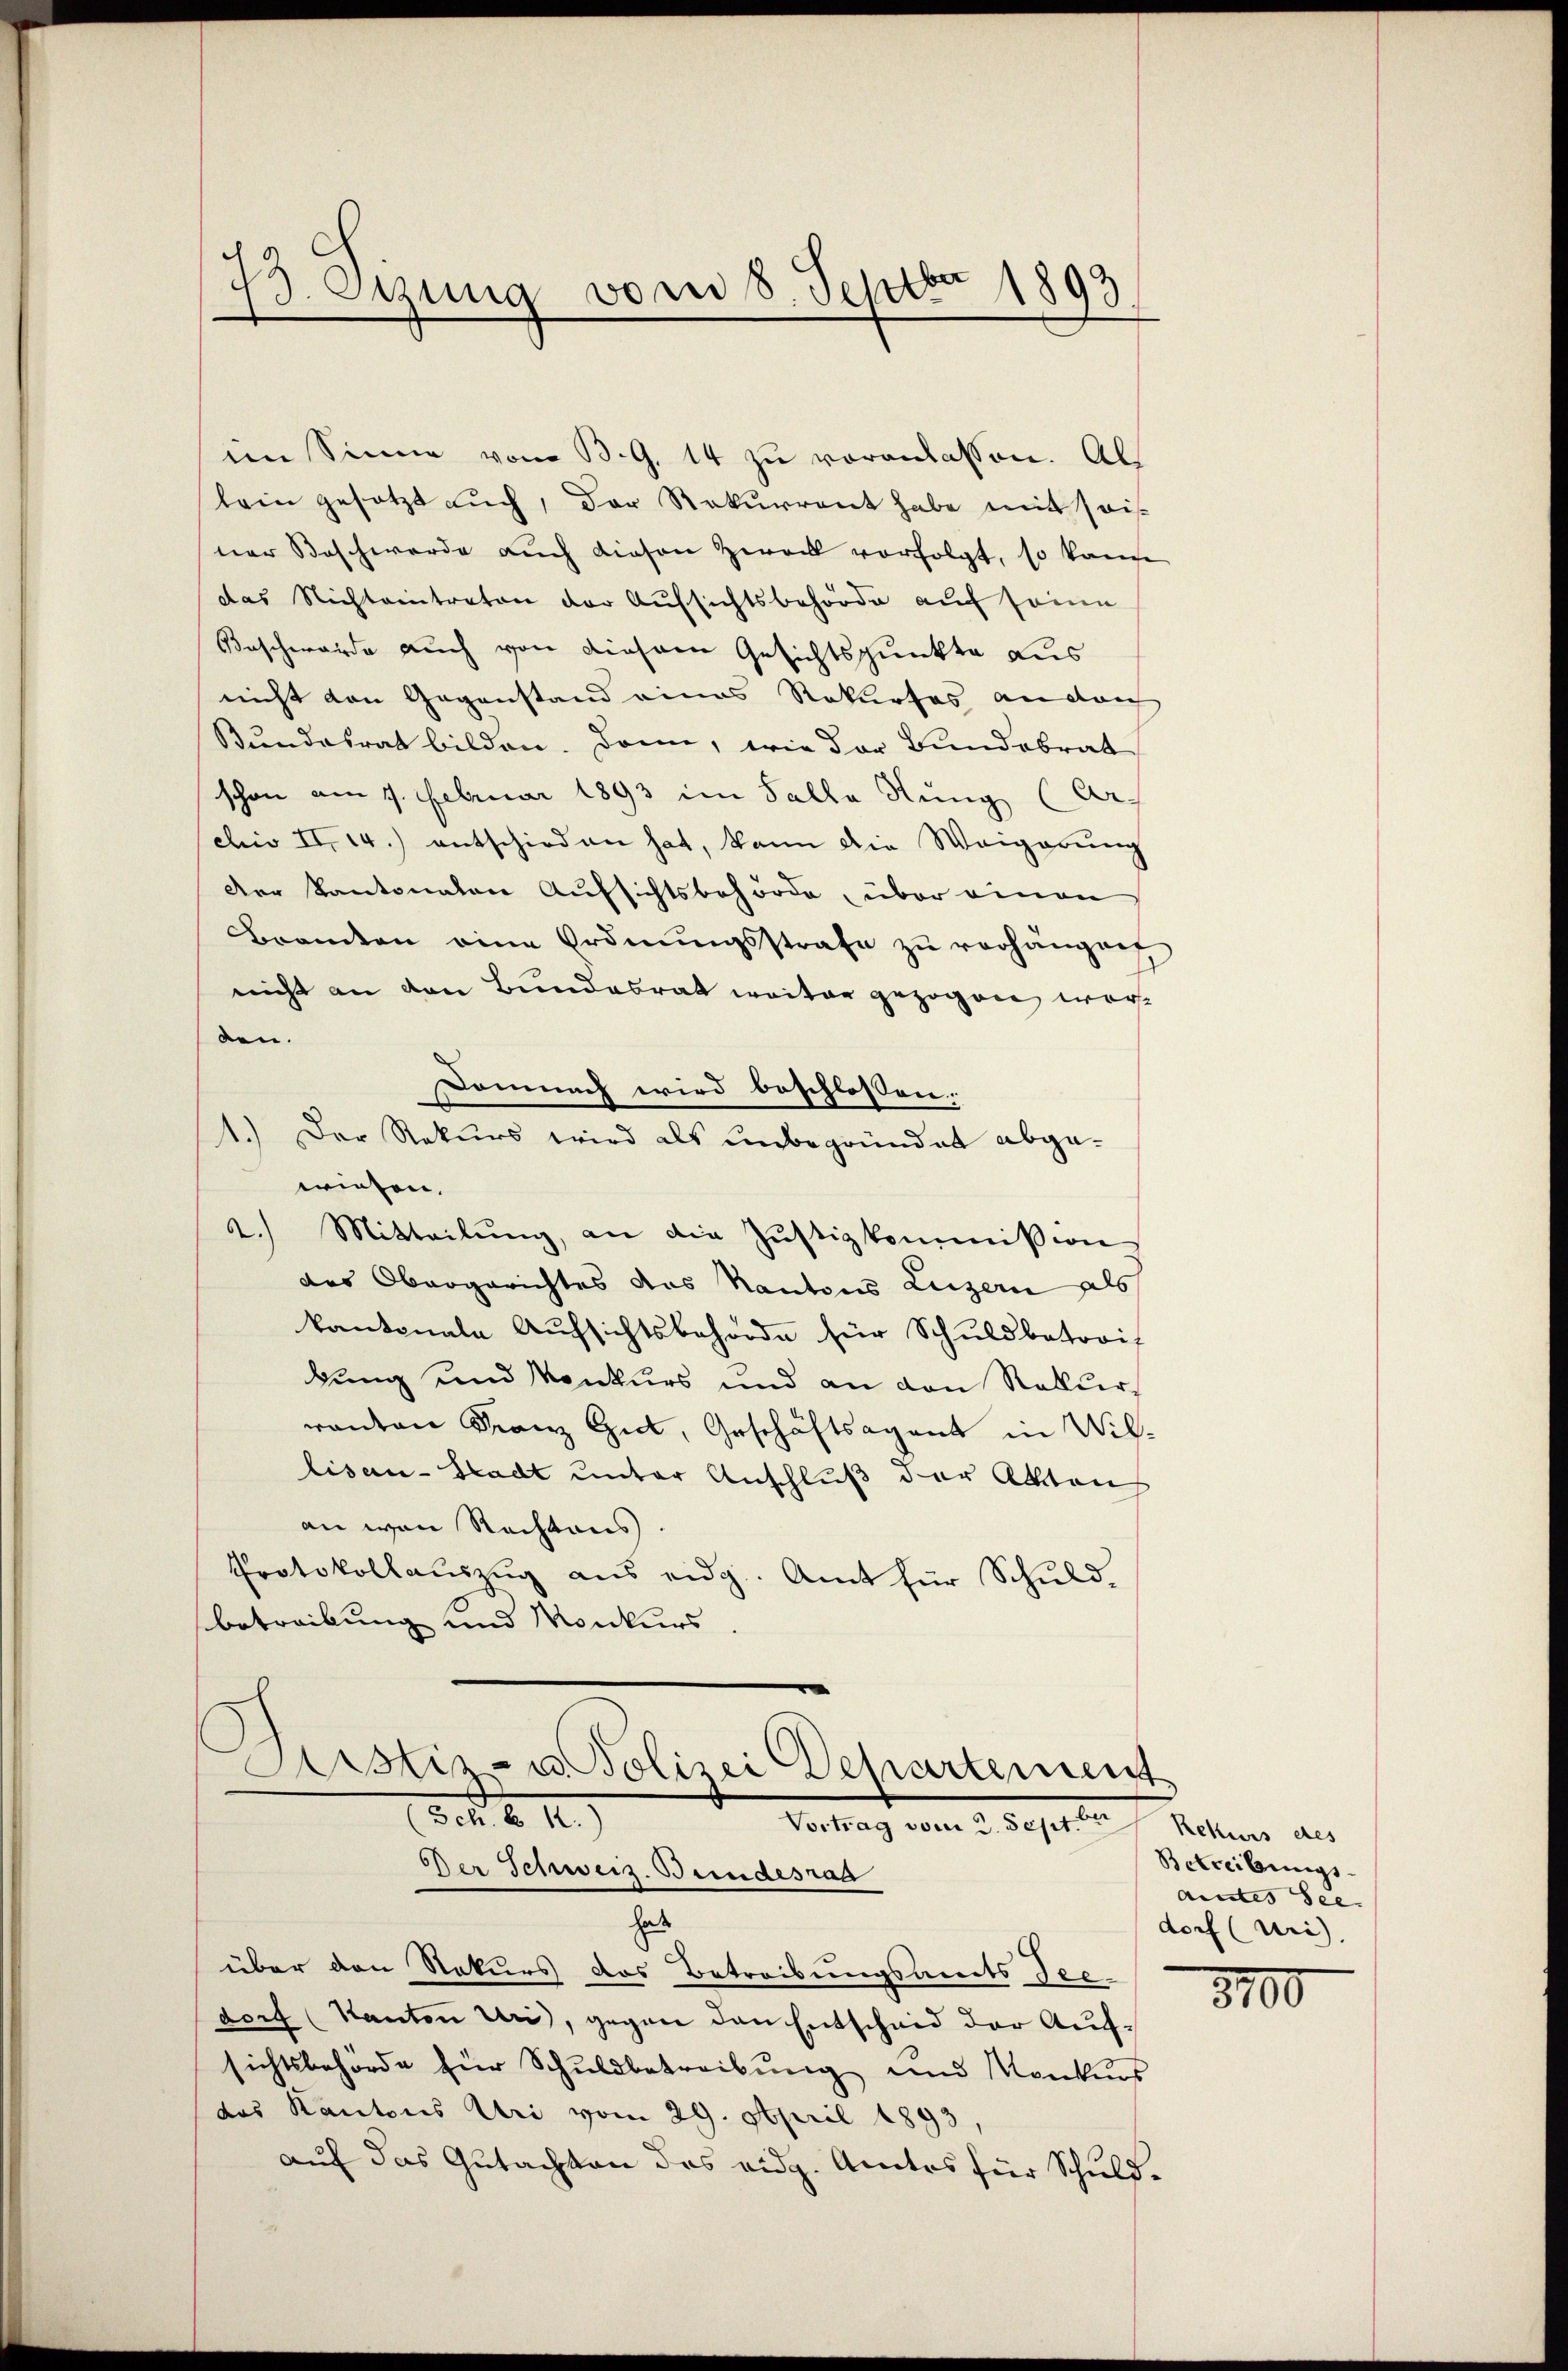
13. Otzung vom 8. Septbr 1893

im Sinne vom B. G. 14 zu veranlassen. Al
lein gesetzt auch, der Rekurrent habe mit sais
ner Beschwerde auch diesen Zweck vorfolgt, so kann
das Nichteintreten der Aufsichtsbehörde auf seine
Beschwerde auch von diesem Gesichtspunkte aus
nicht von Gegenstand eines Rekurses an dich
Bundesrat bilden. Dann, wie der Bundebrat
schon am 1. Februar 1893 im Salle Stung (Ar-
cis II. 14.) entschieden hat, kann die Weigerung
Der Kantonalen Aufsichtsbehörde, über einen
Bramten eine Ordnŭngsstrafe zu verhängen
nicht an den Bundesrat weiter gezogen worben.
Domnach wird beschlossen:
1.) Der Rekurs wird als unbegründet abgewiesen.
2.) Mitteilŭng, an die Justizkommißion
des Obergerichtes das Kantons Luzern als
kantonale Aufsichtsbehörde für Schuldbatori-
kung und Konkurs und an den Rekurs
renten Franz Gut, Geschäftsagent in Williser-Stadt unter Anschluß der Akten
an von Rechtens.
Protokollauszug aus eidg. Amt für Schuld.
betrackung und Monkurs
Sistiz- u. Polizei Departement
200 f 1
Verlang vom 12.3.1911.
Der Schweiz. Bundesrad
hat
d
über den Rekurs das Betreibungsamts See-
dorf (Kanton Uri, gegen den Entscheid der Aufsichtsbehörde für Schuldbetreibung und Konkurs
das Kantons Uri vom 29. April 1893
auf das Gutachten des eidg. Amtes für Schuld¬

Rekurs des
Betreibungs
aictes See
dorf (Uri),

8100